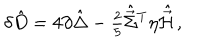
\delta \hat { D } = 4 \partial \hat { \Delta } - { \textstyle \frac { 2 } { 5 } } \hat { \vec { \Sigma } } { } ^ { T } \eta \hat { \vec { \cal H } } \, ,